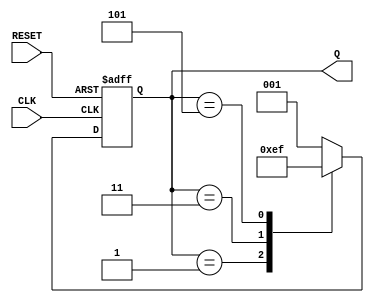
module COUNTER2(CLK, RESET, Q);
    input CLK, RESET;
    output [2:0] Q;

    reg [2:0] Q;

    always @(posedge CLK or negedge RESET)
        begin
            if (!RESET)
                Q <= {3'o1};
            else
                case (Q)
                    {3'o1}    : Q <= {3'o3};
                    {3'o3}    : Q <= {3'o5};
                    {3'o5}    : Q <= {3'o7};
                    {3'o7}    : Q <= {3'o1};
                    default : Q <= {3'o1};
                endcase
        end
endmodule